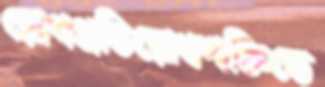
রোগপ্রতিরোধশক্তিতে